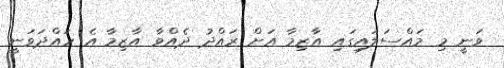
ވަނީ މި މައްސަލައިގައި އާޒިމާ އަށް ރައްދު ދެއްވާ އާޒިމާ އެ ހައްދަވަނީ